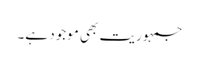
جمہوریت بھی موجود ہے۔